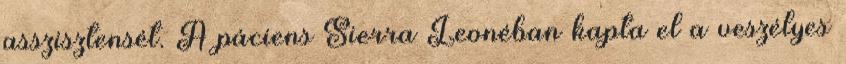
asszisztensét. A páciens Sierra Leonéban kapta el a veszélyes